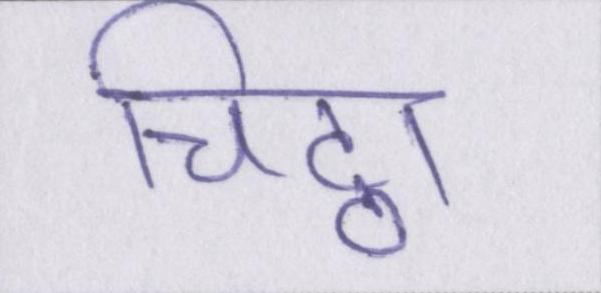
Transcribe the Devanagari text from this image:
चिट्ठा